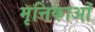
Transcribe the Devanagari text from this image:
मृत्तिकाओं